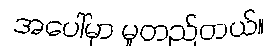
အပေါ်မှာ မူတည်တယ်။